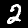
Label: 2